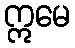
ဣမေ